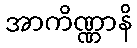
အာကိဏ္ဏာနိ